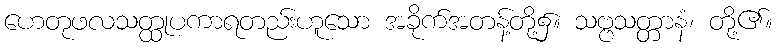
ဟေတုဖလသတ္ထုပကာရတည်းဟူသော အခိုက်အတန့်တို့၌။ သဗ္ဗသတ္တာနံ၊ တို့၏။